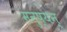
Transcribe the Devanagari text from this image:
मनुष्यन्